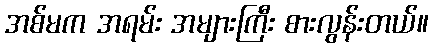
အစ်မက အရမ်း အများကြီး စားလွန်းတယ်။